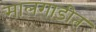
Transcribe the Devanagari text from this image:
मालगाडीत